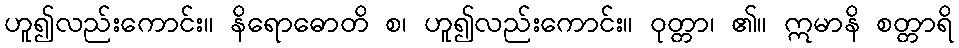
ဟူ၍လည်းကောင်း။ နိရောဓောတိ စ၊ ဟူ၍လည်းကောင်း။ ဝုတ္တာ၊ ၏။ ဣမာနိ စတ္တာရိ